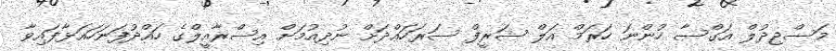
މަސްޖިދުލް އަގްސާ ހުންނަ ހަރަމް އަލް ޝަރީފް ސަރަހައްދަށް ނުދިއުމަށް އިސްރާއީލްގެ ހައްދުފަނަހައަޅާފައިވާ